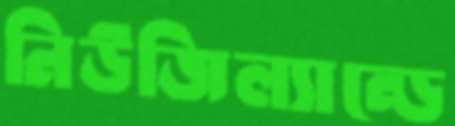
নিউজিল্যান্ডে